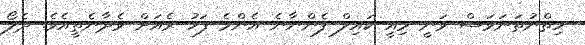
ހިތްނުތަނަވަސް ވަނީ މިއީ ކައިލް ފެންނާނެ އެންމެ ފަހު ރެއަށް ވެދާނެތީއެވެ. ދެލޯ